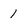
Character: 1